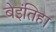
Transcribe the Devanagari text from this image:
बेइंतिहा